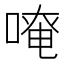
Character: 𠺄